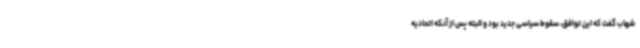
شهاب گفت که این توافق، سقوط سیاسی جدید بود و البته پس از آنکه اتحادیه